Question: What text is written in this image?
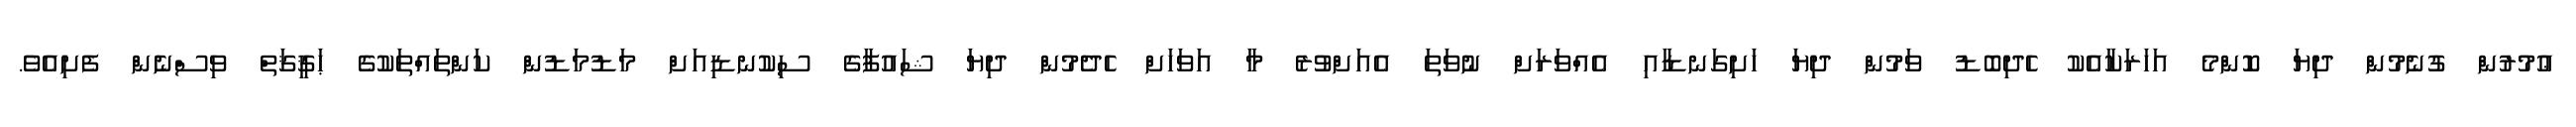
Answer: ޢުމުރުން ގުނެމުން ދިޔަ ކޮންމެ އަހަރަކާއެކު ހެދިބޮޑު ވަމުން ދިޔަ ހަށިގަނޑާއި އެއްވަރަށް ނުވަތަ އެއަށްވުރެ މާ އަވަހަށް ހެދެމުން ދިޔަ ޝައުފާގެ ސިކުނޑިއަށް މަޑުމަޑުން ކަންތައްތަކުގެ ޙަޤީޤަތް ވިސްނެން ފެށިއެވެ.